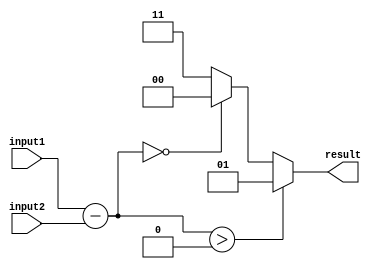
module inequality_comparator(
    input [7:0] input1,
    input [7:0] input2,
    output reg [1:0] result
);

reg [7:0] difference;
reg [1:0] comp_result;

always @ (input1, input2)
begin
    difference = input1 - input2;
    if (difference > 0)
        comp_result = 2'b01; // Greater than
    else if (difference == 0)
        comp_result = 2'b00; // Equal to
    else
        comp_result = 2'b11; // Less than
end

assign result = comp_result;

endmodule